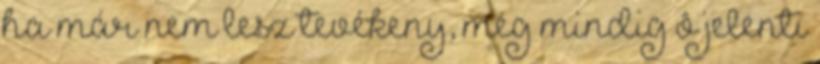
ha már nem lesz tevékeny, még mindig ô jelenti